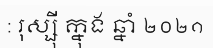
: រុស្ស៊ី ក្នុង ឆ្នាំ ២០២១